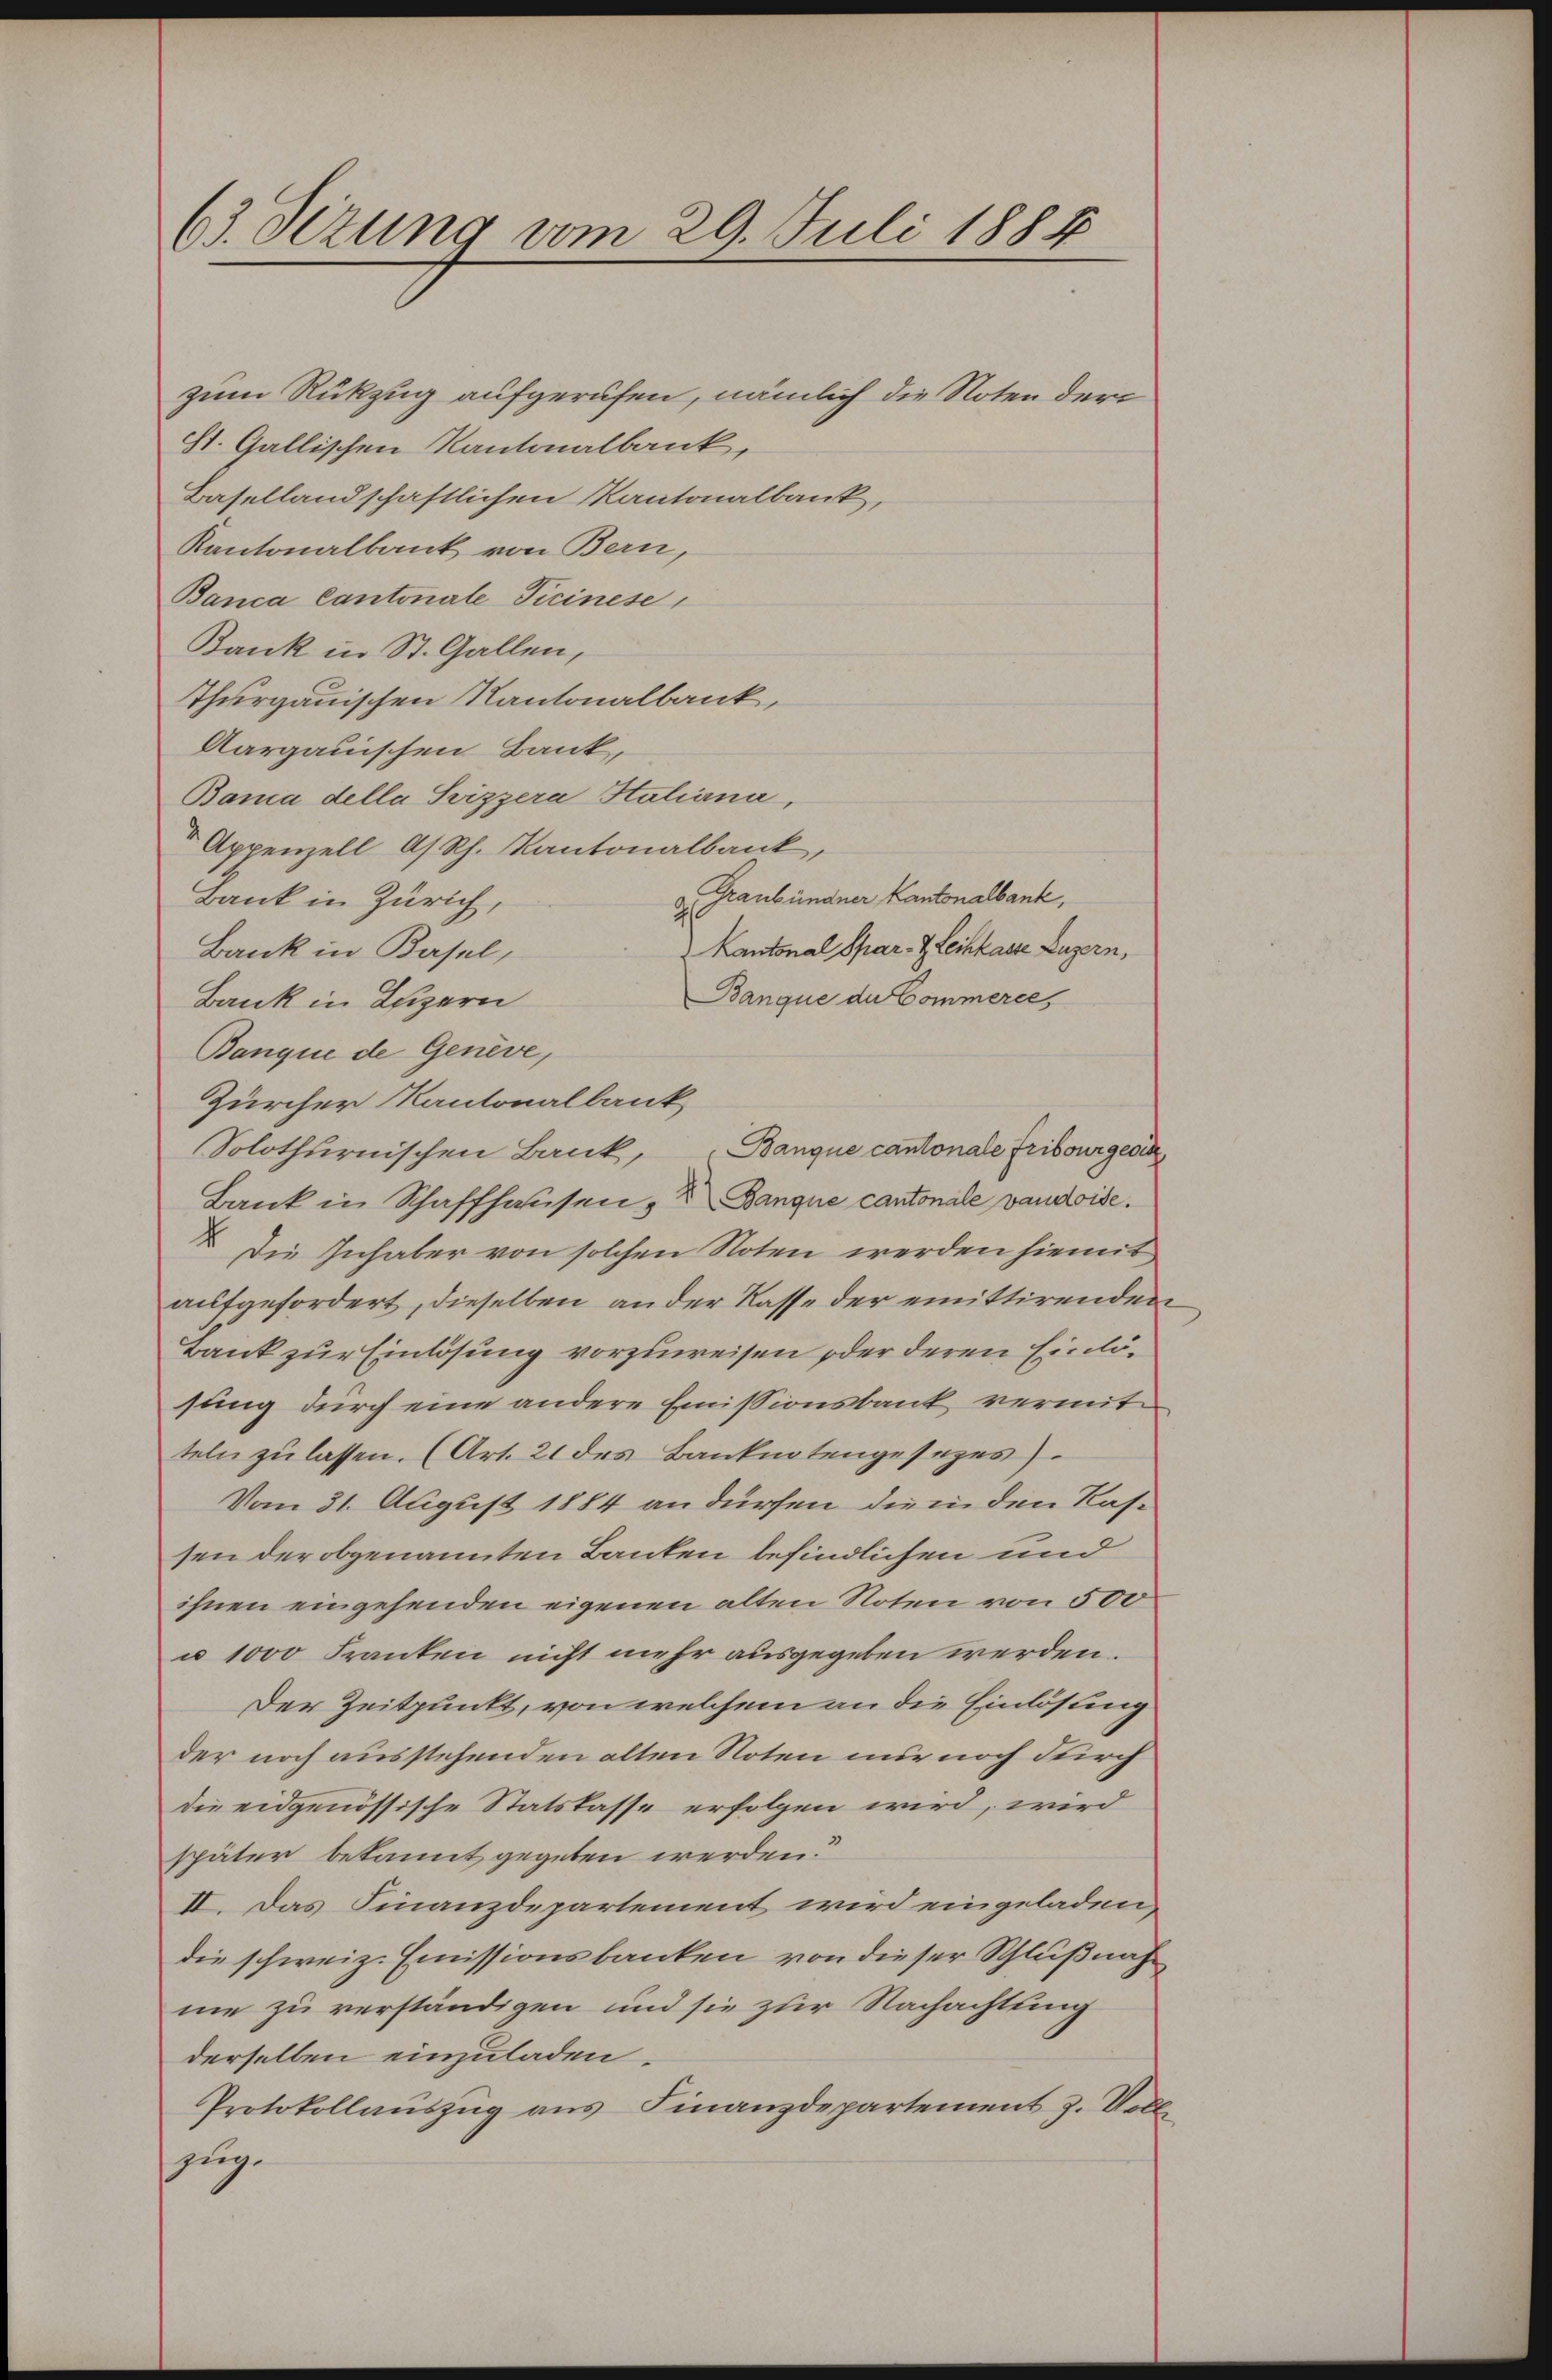
63. Sizung vom 29. Juli 1888

zum Rückzug aufgerufen, nämlich die Noten der
St. Gallischen Kantonalbank,
Basellandschaftlichen Kantonalbank,
Kantonalbank von Bern,
Banca Cantonale Ticinese,
Bank in St. Gallen,
Thurgauischen Kantonalbank,
Aargauischen Bank,
Bama della Svizzera Hatiana,
 Appenzell As. Rh. Kantonalbank,
 Graubündner Kantonalbank,
Bank in Zürich,
Kantonal Spar- & Leihkasse Luzern,
Bank in Basel,
Banque de Commerce,
Bank in Luzern
Banque de Genève,
Zürcher Kantonalbank
Banque cantonale Fribourgesch
Solothurnischen Bank,
Bank in Schaffhausen, Banque cantonale vaudoise.
2. Die Inhaber von solchen Noten werden hiemit
aufgefordert, dieselben an der Kasse der emittirenden
Bank zur Einlösung vorzuweisen oder deren Einlösung durch eine andere Emissionsbank vermitteln zŭ lassen. (Art. 21 des Banknotengesezes).
Vom 31. August 1884 an dürfen die in den Kassen der obgenannten Banken befindlichen und
ihnen eingehenden eigenen alten Noten von 500
u 1000 Franken nicht mehr ausgegeben werden.
Der Zeitpunkt, von welchem an die Einlösung
der noch ausstehenden alten Noten nur noch durch
die eidgenössische Statskasse erfolgen wird, wird
später bekannt gegeben werden?
II. Das Finanzdepartement wird eingeladen,
die schweiz. Emissionsbanken von dieser Schlußnahme zu verständigen und sie zur Nachachtung
derselben einzuladen.
Protokollauszug aus Finanzdepartement z. Vollzug.

n